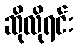
ဆိုလိုရင်း